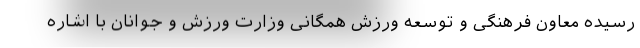
رسیده معاون فرهنگی و توسعه ورزش همگانی وزارت ورزش و جوانان با اشاره